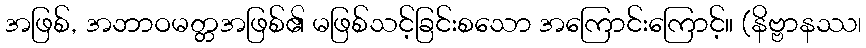
အဖြစ်, အဘာဝမတ္တအဖြစ်၏ မဖြစ်သင့်ခြင်းစသော အကြောင်းကြောင့်။ (နိဗ္ဗာနဿ၊